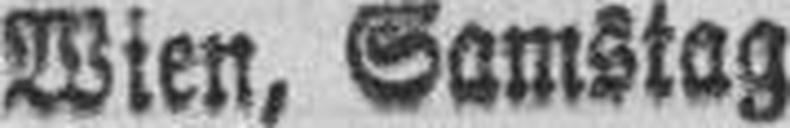
Wien, Samstag